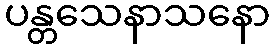
ပန္တသေနာသနော